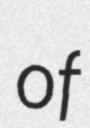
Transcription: of